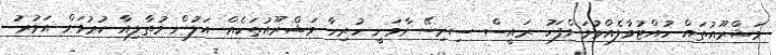
މަޝްރޫއުތައް ހުއްޓުވާލެއްވުމަށްފަހު ރައީސް ސިރިސޭނާވަނީ ހުރިހާ މަޝްރޫއުތަކެއް އަލުން މުތާލިއާ ކުރުމަށް އަމުރު